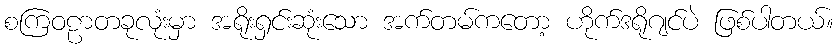
စကြဝဠာတခုလုံးမှာ အရိုးရှင်းဆုံးသော အက်တမ်ကတော့ ဟိုက်ဒရိုဂျင်ပဲ ဖြစ်ပါတယ်။